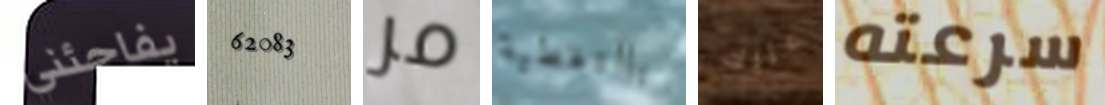
يفاجئني 62083 مر بالتغطية عليك سرعته